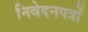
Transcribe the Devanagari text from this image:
निवेदनपत्रों